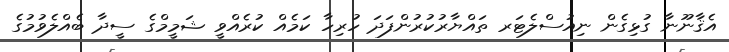
އެޤާނޫނާ ގުޅިގެން ނިއުސްލެޓަރ ތައްޔާރުކުރުންފަދަ ހުރިހާ ކަމެއް ކުރެއްވީ ޝަމީމްގެ ސީދާ ބެއްލެވުމުގެ